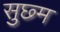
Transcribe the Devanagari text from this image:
सुछ्म